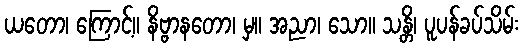
ယတော၊ ကြောင့်။ နိဗ္ဗာနတော၊ မှ။ အညာ၊ သော။ သန္တိ၊ ပူပန်ခပ်သိမ်း